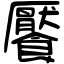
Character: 饜